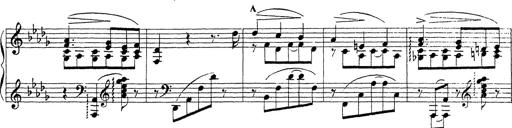
Title: Ballade No.1
Composer: Richard St. Clair